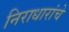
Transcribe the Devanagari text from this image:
निराधारांचे